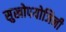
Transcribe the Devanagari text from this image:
सुखोपयोजिनी